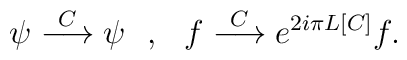
\psi\stackrel{C}{\longrightarrow}\psi\ \ ,\ \ f\stackrel{C}{\longrightarrow} e^{2i\pi L[C]}f.